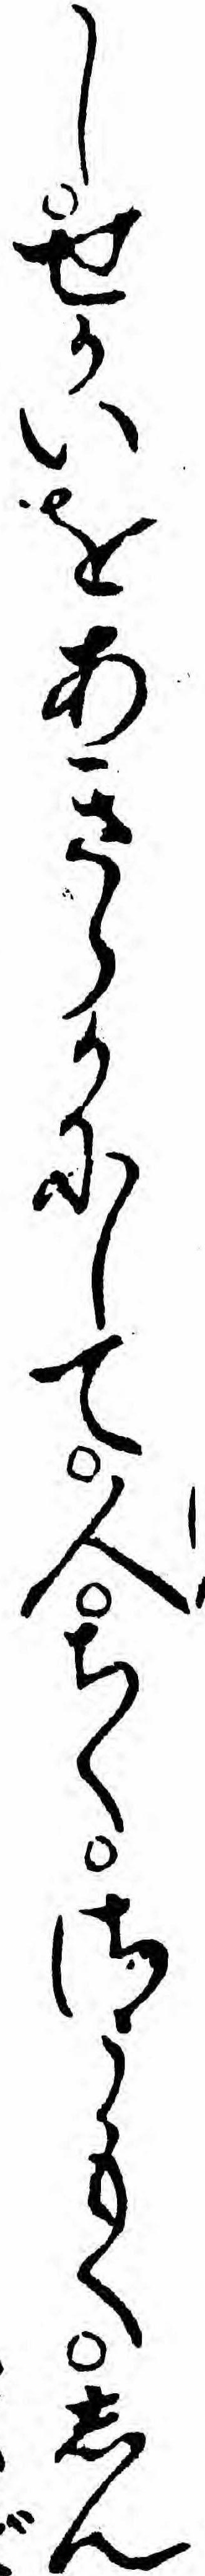
しせかいをあきらかにして人ちくさうもくしん